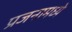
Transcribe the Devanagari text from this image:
प्रजनामध्ये